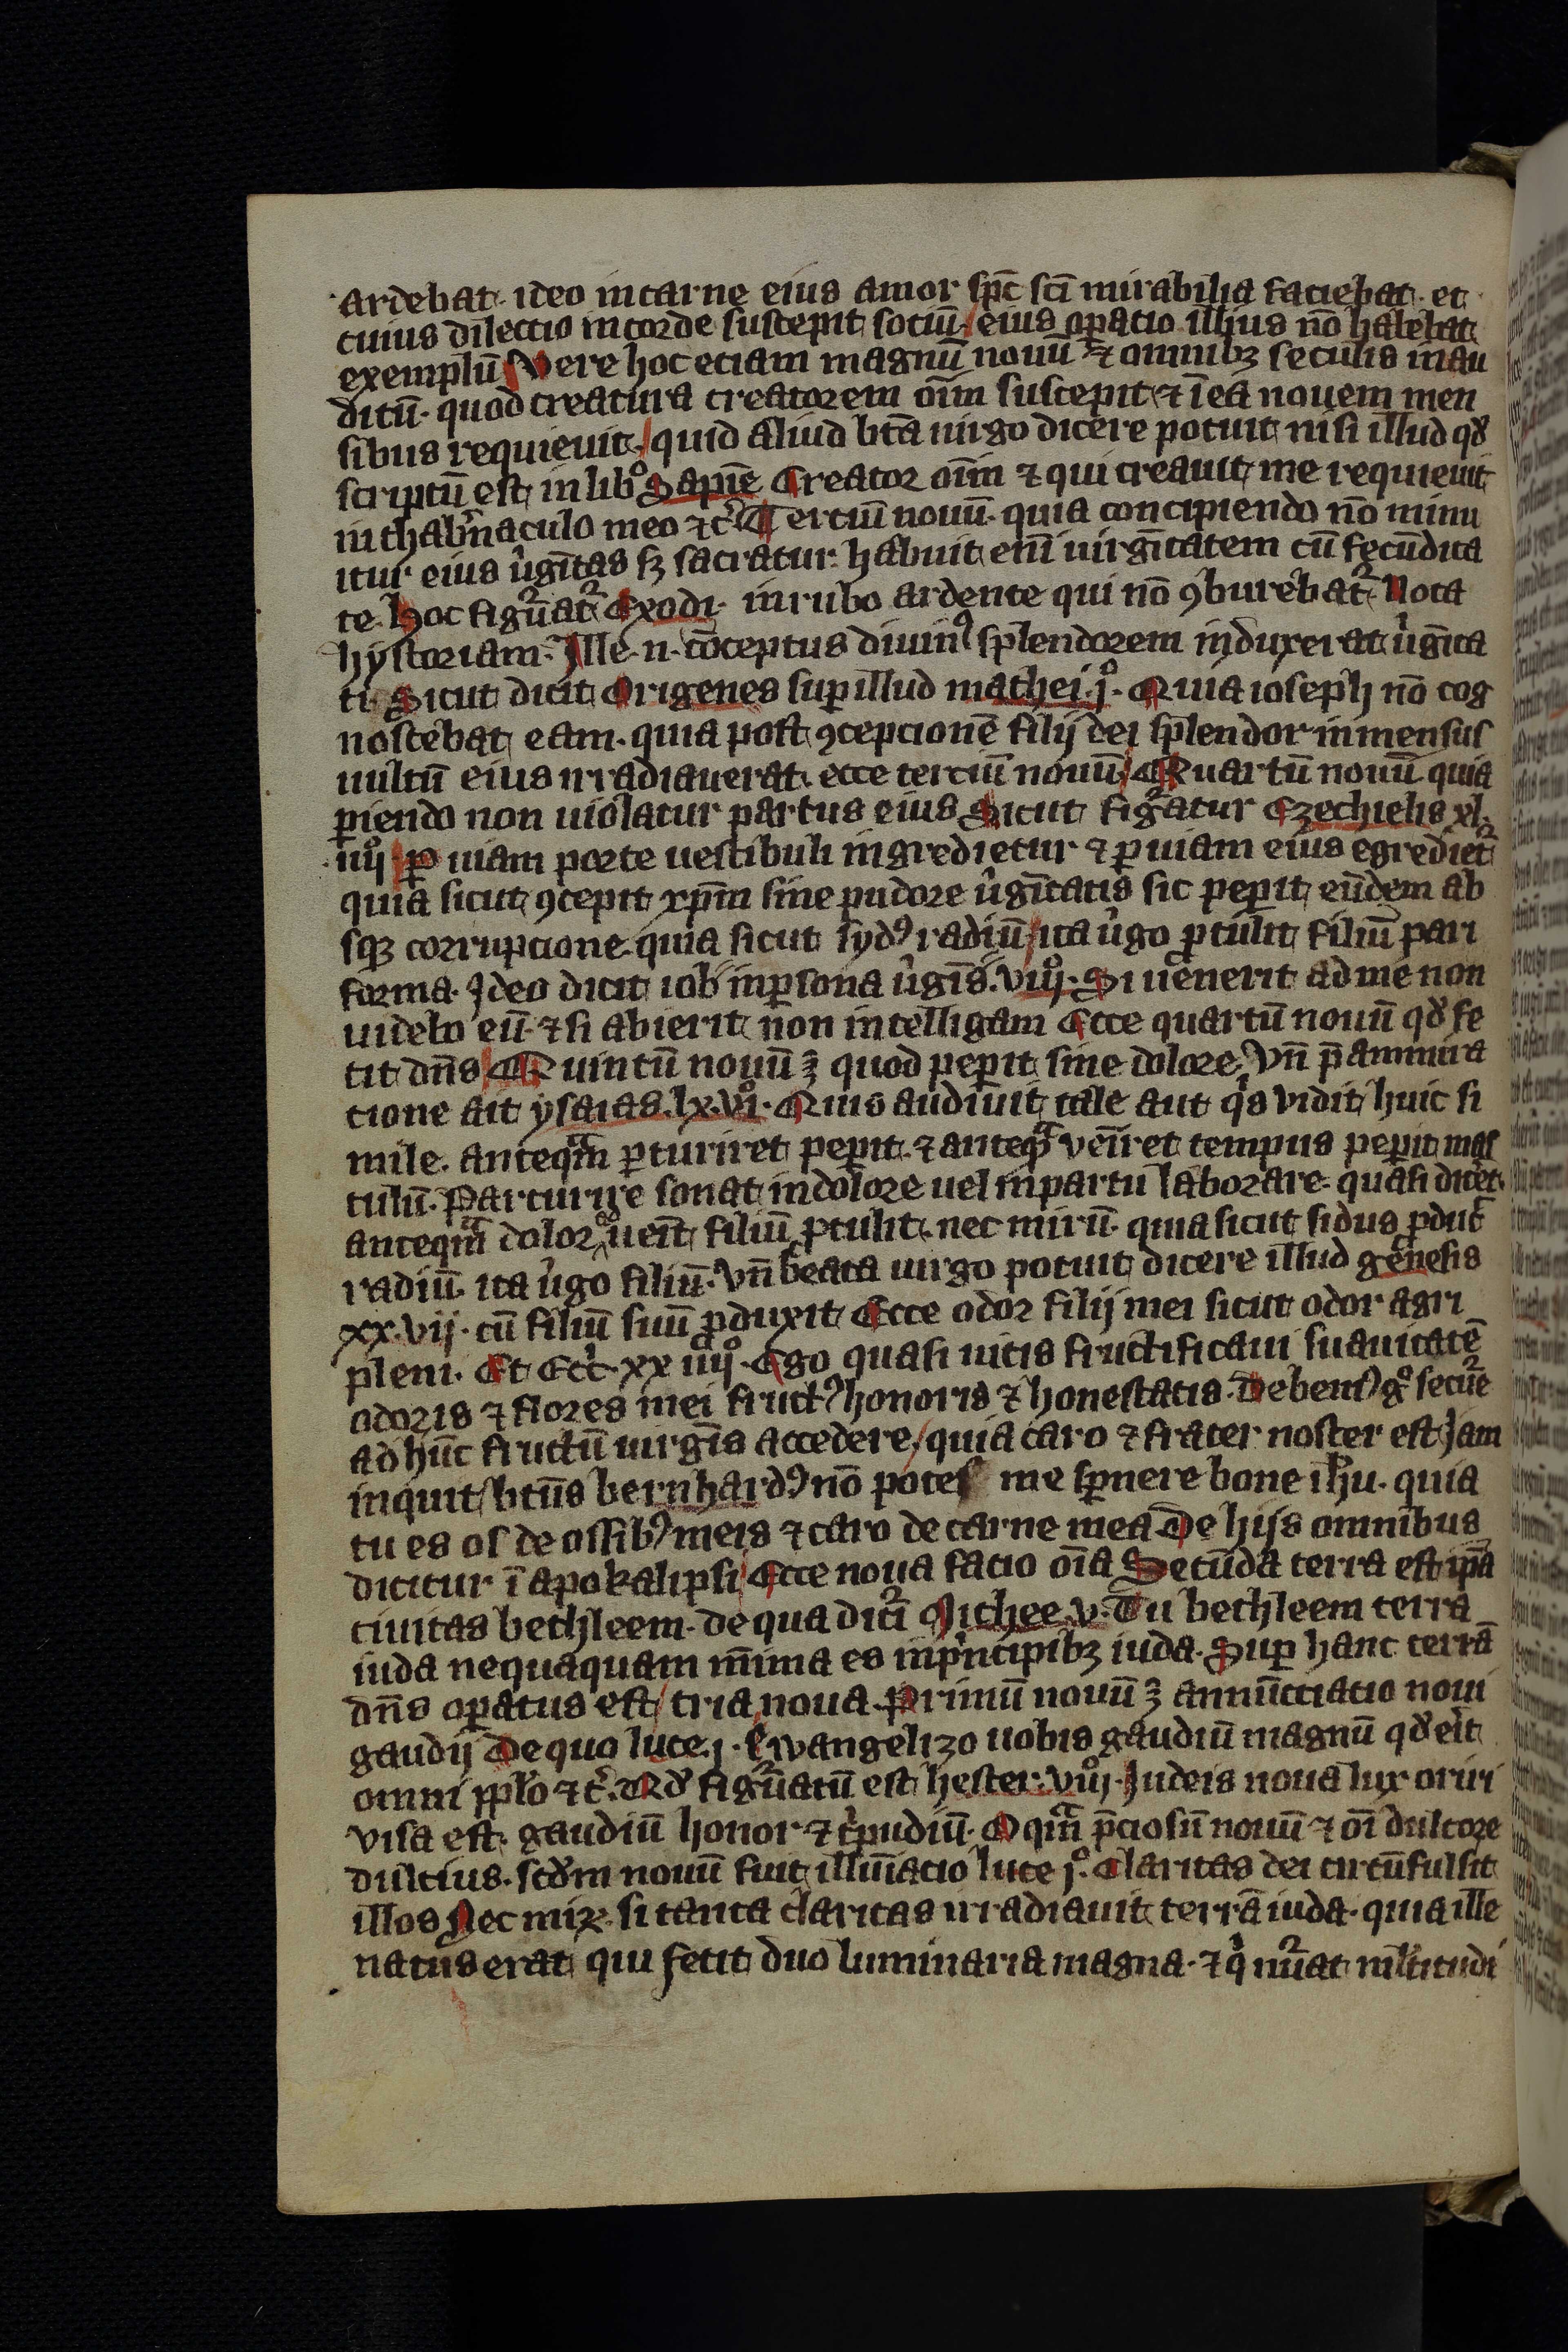
Shelfmark: Leipzig, Universitäts Bibliothek Leipzig, Ms 758
Century: 14